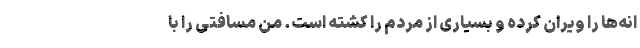
انه‌ها را ویران کرده و بسیاری از مردم را کشته است. من مسافتی را با